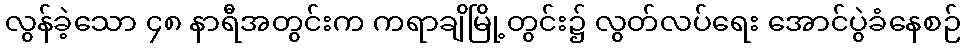
လွန်ခဲ့သော ၄၈ နာရီအတွင်းက ကရာချိမြို့တွင်း၌ လွတ်လပ်ရေး အောင်ပွဲခံနေစဉ်